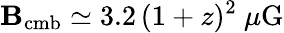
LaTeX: \mathbf{B}_{\mathrm{{cmb}}}\simeq3.2\, (1+z)^{2}~\mu\mathrm{{G}}